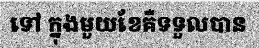
ទៅ ក្នុងមួយខែគឺទទួលបាន